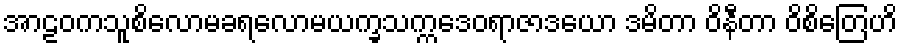
အာဠဝကသူစိလောမခရလောမယက္ခသက္ကဒေဝရာဇာဒယော ဒမိတာ ဝိနီတာ ဝိစိတြေဟိ